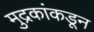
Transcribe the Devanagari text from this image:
मुद्रकांकडून